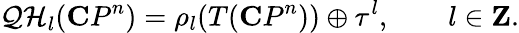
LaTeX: {\cal QH}_{l}({\mathbf CP}^{n})=\rho_{l}(T({\mathbf CP}^{n}))\oplus\tau^{l},\qquad l\in{\mathbf Z}.